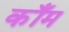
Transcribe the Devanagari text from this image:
कॉँम